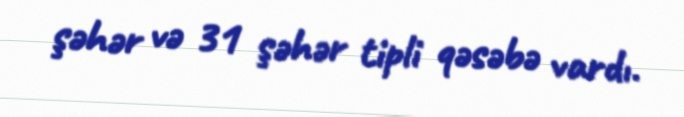
şəhər və 31 şəhər tipli qəsəbə vardı.